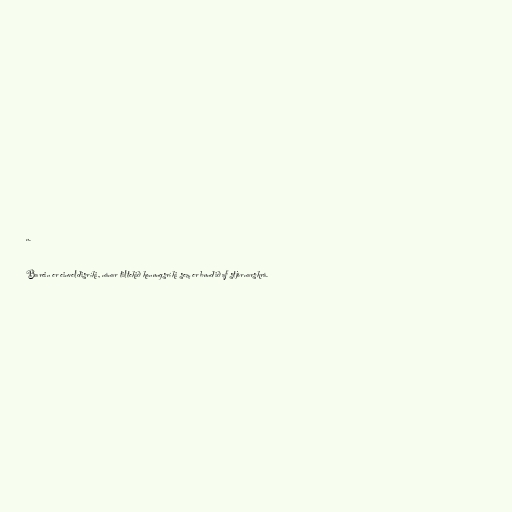
n.

Barein er einveldisríki, nánar tiltekið konungsríki sem er bundið af stjórnarskrá.